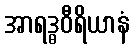
အာရဒ္ဓဝီရိယာနံ